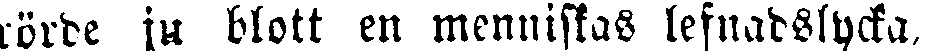
rörde ju blott en menniskas lefnadslycka,